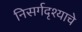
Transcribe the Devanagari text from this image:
निसर्गदृश्याचे